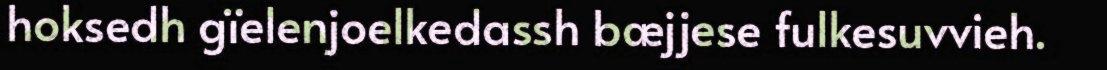
hoksedh gïelenjoelkedassh bæjjese fulkesuvvieh.